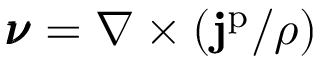
\pmb { \nu } = \nabla \times ( \mathbf { j } ^ { \mathrm { p } } / \rho )